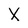
Character: X